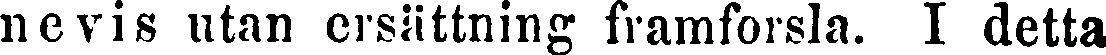
novis utan ersättning framforsla. I detta